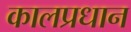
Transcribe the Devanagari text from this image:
कालप्रधान